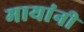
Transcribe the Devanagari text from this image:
मायांनी